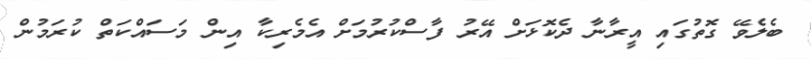
ބެލެވޭ ގޮތުގައި އީރާނާ ދެކޮޅަށް އޭރު ފާސްކުރުމަށް އެމެރިކާ އިން މަސައްކަތް ކުރަމުން